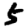
Digit: 5